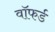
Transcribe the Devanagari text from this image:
वॉफर्ड